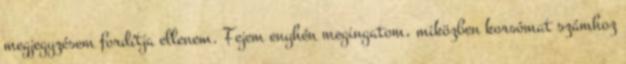
megjegyzésem fordítja ellenem. Fejem enyhén megingatom, miközben korsómat számhoz